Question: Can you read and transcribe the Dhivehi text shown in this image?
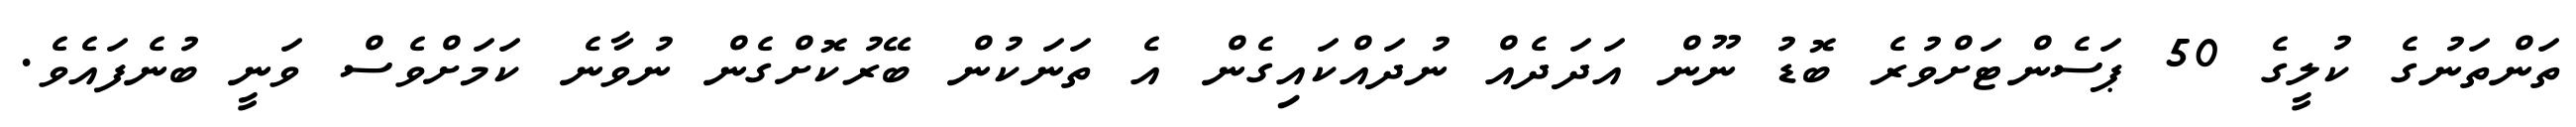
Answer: ތަންތަނުގެ ކުލީގެ 50 ޕަސެންޓަށްވުރެ ބޮޑު ނޫން އަދަދެއް ނުދައްކައިގެން އެ ތަނަކުން ބޭރުކޮށްގެން ނުވާނެ ކަމަށްވެސް ވަނީ ބުނެފައެވެ.